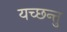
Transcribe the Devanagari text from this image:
यच्छन्तु